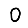
Digit: 0